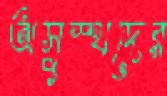
অসুস্থদের